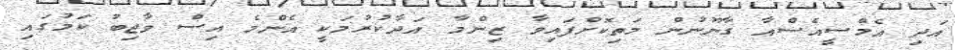
އަދި އެމްސީއެސްއާ ގާނޫނުން މަތިކޮށްފައިވާ ޒިންމާ އަދާކުރުމަކީ އެންމެ އިސް ވާޖިބު ކަމުގައި